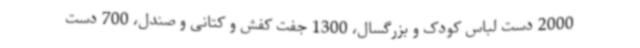
2000 دست لباس کودک و بزرگسال، 1300 جفت کفش و کتانی و صندل، 700 دست